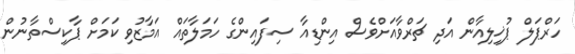
ހަރްޕަލް ޕުޚިލިއާން އަދި ޗަރްވާއަށްވެސް އިންޑިއާ ސިފައިންގެ ހަމަލާތައް އަމާޒުވި ކަމަށް ޕާކިސްތާނުން